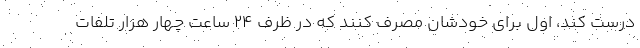
درست کند، اول برای خودشان مصرف کنند که در ظرف ۲۴ ساعت چهار هزار تلفات